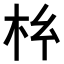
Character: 𭩡